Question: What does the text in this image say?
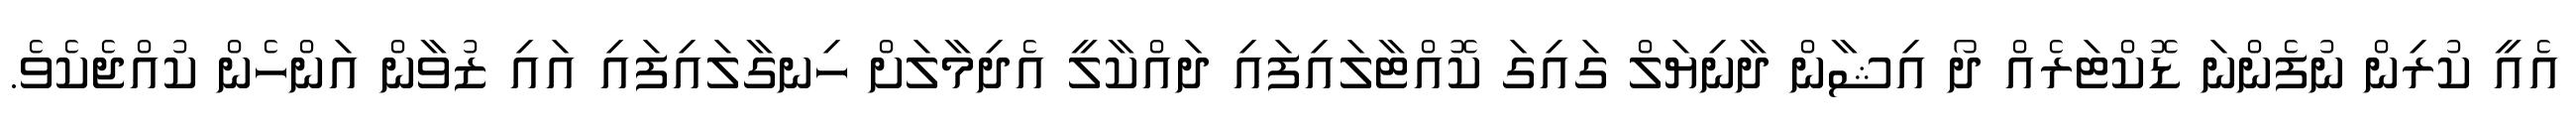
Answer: އެއީ ކުރިން ނުފެންނަ ޑޮކްޓަރެއް ދޯ އިޝާން ދާނިޔަލް ގައިގަ ކޮއްޓާލައިފައި ދައްކާލީ އެދިމާލަށް ހިނގާލައިފައި އައި ޒުވާން އަންހެން ކުއްޖެކެވެ.